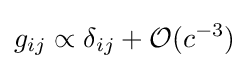
g_{ij}\propto \delta _{ij}+{\mathcal {O}}(c^{-3})